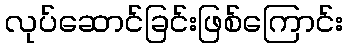
လုပ်ဆောင်ခြင်းဖြစ်ကြောင်း